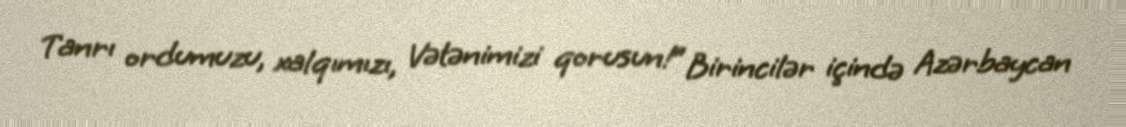
Tanrı ordumuzu, xalqımızı, Vətənimizi qorusun!” Birincilər içində Azərbaycan